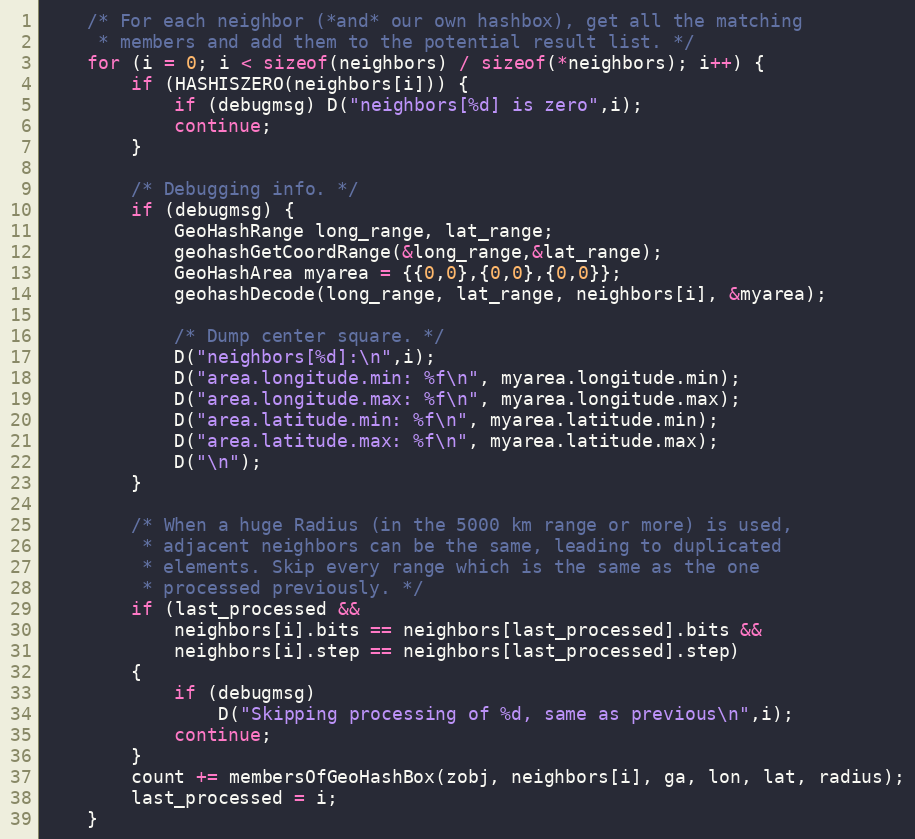
Language: C
    /* For each neighbor (*and* our own hashbox), get all the matching
     * members and add them to the potential result list. */
    for (i = 0; i < sizeof(neighbors) / sizeof(*neighbors); i++) {
        if (HASHISZERO(neighbors[i])) {
            if (debugmsg) D("neighbors[%d] is zero",i);
            continue;
        }

        /* Debugging info. */
        if (debugmsg) {
            GeoHashRange long_range, lat_range;
            geohashGetCoordRange(&long_range,&lat_range);
            GeoHashArea myarea = {{0,0},{0,0},{0,0}};
            geohashDecode(long_range, lat_range, neighbors[i], &myarea);

            /* Dump center square. */
            D("neighbors[%d]:\n",i);
            D("area.longitude.min: %f\n", myarea.longitude.min);
            D("area.longitude.max: %f\n", myarea.longitude.max);
            D("area.latitude.min: %f\n", myarea.latitude.min);
            D("area.latitude.max: %f\n", myarea.latitude.max);
            D("\n");
        }

        /* When a huge Radius (in the 5000 km range or more) is used,
         * adjacent neighbors can be the same, leading to duplicated
         * elements. Skip every range which is the same as the one
         * processed previously. */
        if (last_processed &&
            neighbors[i].bits == neighbors[last_processed].bits &&
            neighbors[i].step == neighbors[last_processed].step)
        {
            if (debugmsg)
                D("Skipping processing of %d, same as previous\n",i);
            continue;
        }
        count += membersOfGeoHashBox(zobj, neighbors[i], ga, lon, lat, radius);
        last_processed = i;
    }